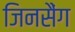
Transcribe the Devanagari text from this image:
जिनसैंग